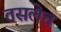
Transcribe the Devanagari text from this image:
तसलेच